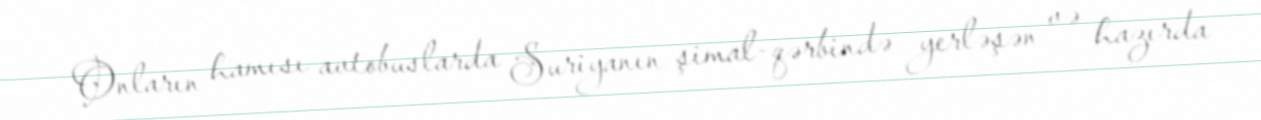
Onların hamısı avtobuslarda Suriyanın şimal-qərbində yerləşən və hazırda